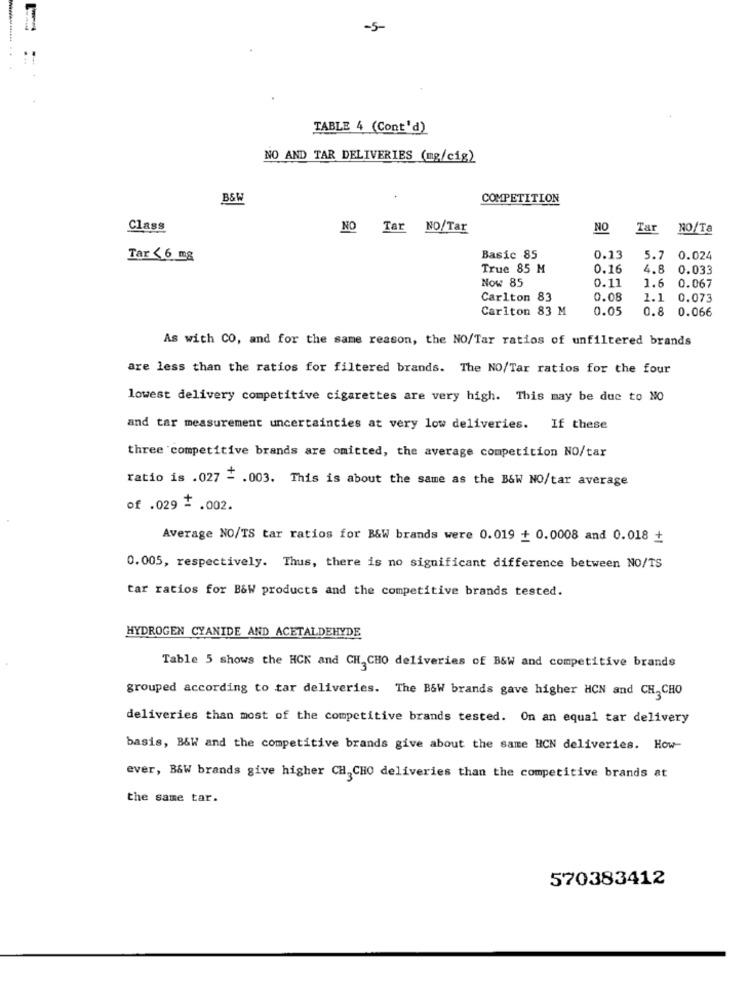
-5
TABLE 4 (Cont'd)
NO AND TAR DELIVERIES (mg/cig)
B&W
COMPETITION
Class
NO
Tar
NO/Tar
NO
Tar
NO/Ta
Tar < 6 mg
Basic 85
0.13
5.7
0.024
True 85 M
0.16
4.8
0.033
Now 85
0.11
1.6 0.067
Carlton 83
0.08
1.1 0.073
Carlton 83 M
0.05
0.8 0.066
As with CO, and for the same reason, the NO/Tar ratios of unfiltered brands
are less than the ratios for filtered brands. The NO/Tar ratios for the four
lowest delivery competitive cigarettes are very high. This may be due to NO
and tar measurement uncertainties at very low deliveries. If these
three competitive brands are omitted, the average competition NO/tar
ratio is .027 - . 003. This is about the same as the B&W NO/tar average
of .029 = . 002.
Average NO/TS tar ratios for B&W brands were 0.019 + 0.0008 and 0.018 +
0.005, respectively. Thus, there is no significant difference between NO/TS
tar ratios for B&W products and the competitive brands tested.
HYDROGEN CYANIDE AND ACETALDEHYDE
Table 5 shows the HCK and CH, CHO deliveries of B&W and competitive brands
grouped according to tar deliveries. The B&W brands gave higher HCN and CH,CHO
deliveries than most of the competitive brands tested. On an equal tar delivery
basis, B&W and the competitive brands give about the same HCN deliveries. How-
ever, B&W brands give higher CH,CHO deliveries than the competitive brands at
the same tar.
570383412